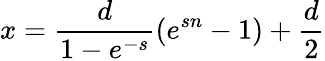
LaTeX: x=\frac{d}{1-e^{-s}}(e^{sn}-1)+\frac{d}{2}